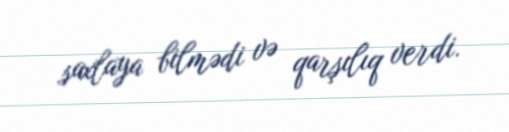
saxlaya bilmədi və qarşılıq verdi.